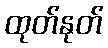
ထုတ်နုတ်